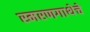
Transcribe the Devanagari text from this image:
स्मरणगाथेचे